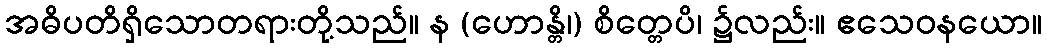
အဓိပတိရှိသောတရားတို့သည်။ န (ဟောန္တိ၊) စိတ္တေပိ၊ ၌လည်း။ ဧသေဝနယော။